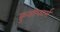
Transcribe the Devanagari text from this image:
क्रुसीफार्म